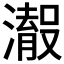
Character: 𱩠